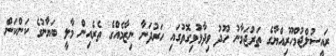
ރައީސުލްޖުމްހޫރިއްޔާގެ ތަރުޖަމާނު ހޫދު ވިދާޅުވިގޮތުގައި ހަރުދަނާ ނިޒާމެއްގެ ތެރެއިން މާލީ ބަޔާނުގެ ކަންކަން